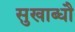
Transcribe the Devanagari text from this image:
सुखाब्धौ